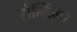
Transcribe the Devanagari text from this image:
सेल्डिंगर